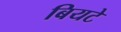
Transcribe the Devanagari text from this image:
बियटे